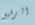
الرفيع